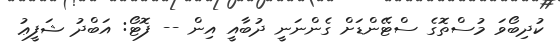
ކުދިބޯވަ މުސްތޮގެ ސްޓޭންޑަށް ގެންނަނީ ދުބާއީ އިން -- ފޮޓޯ: އަބްދު ޝަފީޢު